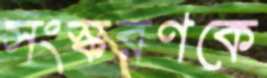
সংস্করণকে